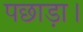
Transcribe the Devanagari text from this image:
पछाड़ा।